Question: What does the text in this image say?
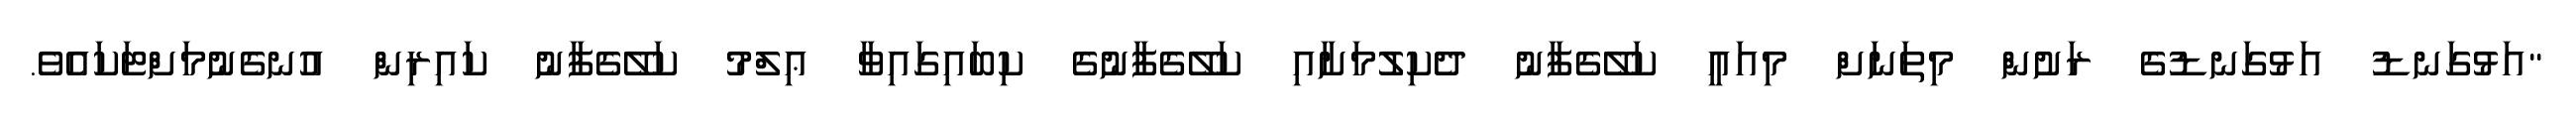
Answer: "އަޅުގަނޑު އަޅުގަނޑުގެ ރަށުން މިތަނަށް މިއައީ ކަލޭގެފާނު ދެކިލުމަށާއި ކަލޭގެފާނުގެ ކިބައިގައިވާ ޢިލްމު ކަލޭގެފާނު ކައިރިން އުނގެނުމަށްޓަކައެވެ.